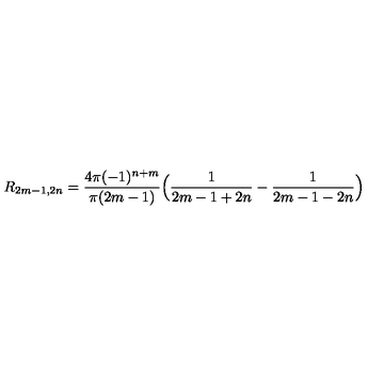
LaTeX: R _ { 2 m - 1 , 2 n } = \frac { 4 \pi ( - 1 ) ^ { n + m } } { \pi ( 2 m - 1 ) } \Big ( \frac { 1 } { 2 m - 1 + 2 n } - \frac { 1 } { 2 m - 1 - 2 n } \Big )